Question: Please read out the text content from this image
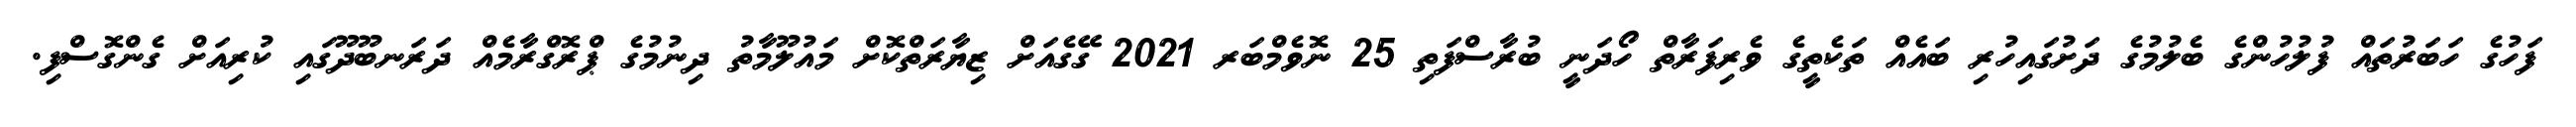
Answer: ފަހުގެ ހަބަރުތައް ފުލުހުންގެ ބެލުމުގެ ދަށުގައިހުރި ބައެއް ތަކެތީގެ ވެރިފަރާތް ހޯދަނީ ބުރާސްފަތި 25 ނޮވެމްބަރ 2021 ގޭގެއަށް ޒިޔާރަތްކޮށް މައުލޫމާތު ދިނުމުގެ ޕްރޮގްރާމެއް ދަރަނބޫދޫގައި ކުރިއަށް ގެންގޮސްފި.